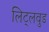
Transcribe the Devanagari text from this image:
लिट्लवुड